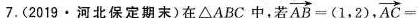
7.(2019\cdot河北保定期末)在△ABC中，若$$\overrightarrow { A B } = ( 1，2 )$$， $$\overrightarrow { A C } =